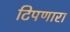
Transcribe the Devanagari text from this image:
टिपणारा